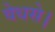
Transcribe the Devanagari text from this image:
वेधसे।